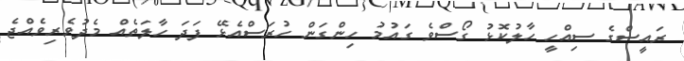
ރައީސްގެ ސިއްހީ ހާލުކޮޅު ގޯސްވެ ގައުމު ހިންގަން ހުރަސްއެޅޭ ފަދަ ހާލަތެއް މެދުވެރިވެއްޖެ